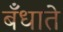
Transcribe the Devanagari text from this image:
बँधाते